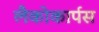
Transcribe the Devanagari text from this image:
लैकोकार्पस